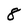
Character: 8